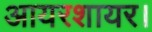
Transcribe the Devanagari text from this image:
आयरशायर।